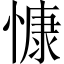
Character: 慷